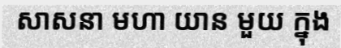
សាសនា មហា យាន មួយ ក្នុង